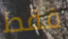
فقط